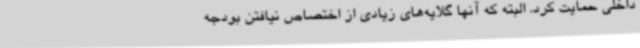
داخلی حمایت کرد. البته که آنها گلایه‌های زیادی از اختصاص نیافتن بودجه